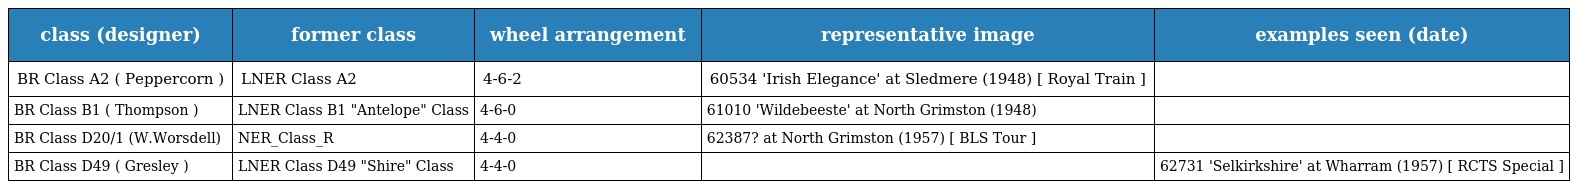
| class (designer) | former class | wheel arrangement | representative image | examples seen (date) |
 | --- | --- | --- | --- | --- |
 | BR Class A2 ( Peppercorn ) | LNER Class A2 | 4-6-2 | 60534 'Irish Elegance' at Sledmere (1948) [ Royal Train ] |  |
 | BR Class B1 ( Thompson ) | LNER Class B1 "Antelope" Class | 4-6-0 | 61010 'Wildebeeste' at North Grimston (1948) |  |
 | BR Class D20/1 (W.Worsdell) | NER_Class_R | 4-4-0 | 62387? at North Grimston (1957) [ BLS Tour ] |  |
 | BR Class D49 ( Gresley ) | LNER Class D49 "Shire" Class | 4-4-0 |  | 62731 'Selkirkshire' at Wharram (1957) [ RCTS Special ] |